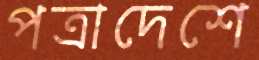
পত্রাদেশে